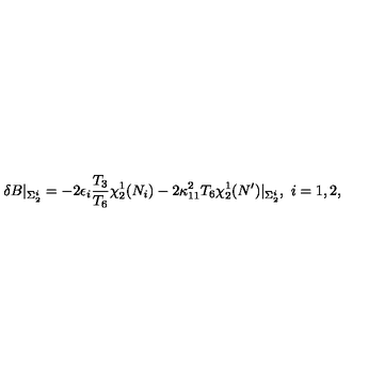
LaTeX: \delta B \vert _ { \Sigma _ { 2 } ^ { i } } = - 2 \epsilon _ { i } { \frac { T _ { 3 } } { T _ { 6 } } } \chi _ { 2 } ^ { 1 } ( N _ { i } ) - 2 \kappa _ { 1 1 } ^ { 2 } T _ { 6 } \chi _ { 2 } ^ { 1 } ( N ^ { \prime } ) \vert _ { \Sigma _ { 2 } ^ { i } } , \ i = 1 , 2 ,